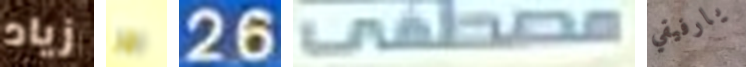
زياد جرا 26 مصطفى يارفيقي